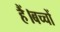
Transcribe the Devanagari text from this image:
हैं।बच्चों